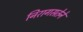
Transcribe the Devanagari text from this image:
निरागसतेने